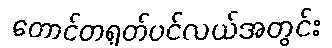
တောင်တရုတ်ပင်လယ်အတွင်း